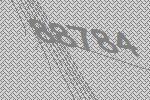
88784